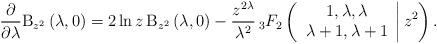
LaTeX: \begin{align*}\frac{\partial }{\partial \lambda }\mathrm{B}_{z^{2}}\left( \lambda,0\right) =2\ln z\,\mathrm{B}_{z^{2}}\left( \lambda ,0\right) -\frac{z^{2\lambda }}{\lambda ^{2}}\,_{3}F_{2}\left( \left.\begin{array}{c}1,\lambda ,\lambda \\\lambda +1,\lambda +1\end{array}\right\vert z^{2}\right) . \end{align*}